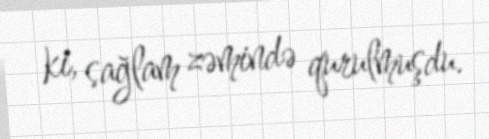
ki, sağlam zəmində qurulmuşdu.